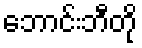
ဘောင်းဘီတို